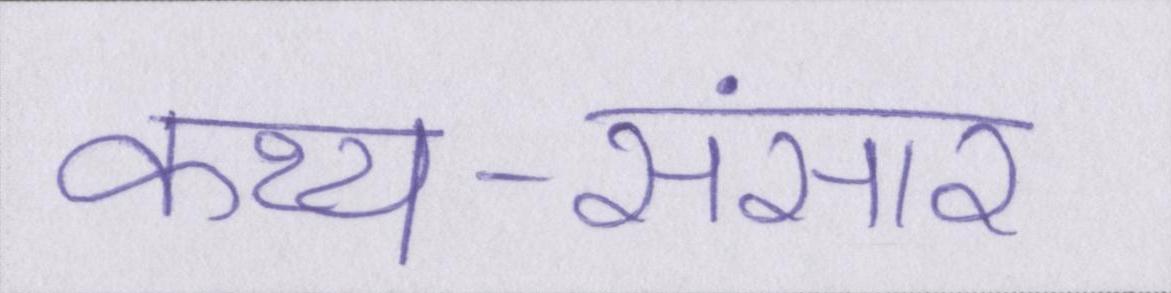
कथ्य-संसार